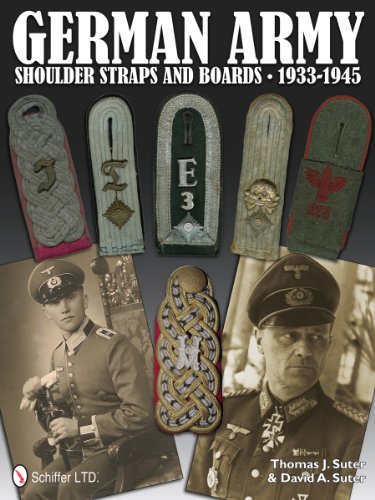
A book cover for German Army Shoulder Straps and Boards 1933-1945; Thomas J. Suter; History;